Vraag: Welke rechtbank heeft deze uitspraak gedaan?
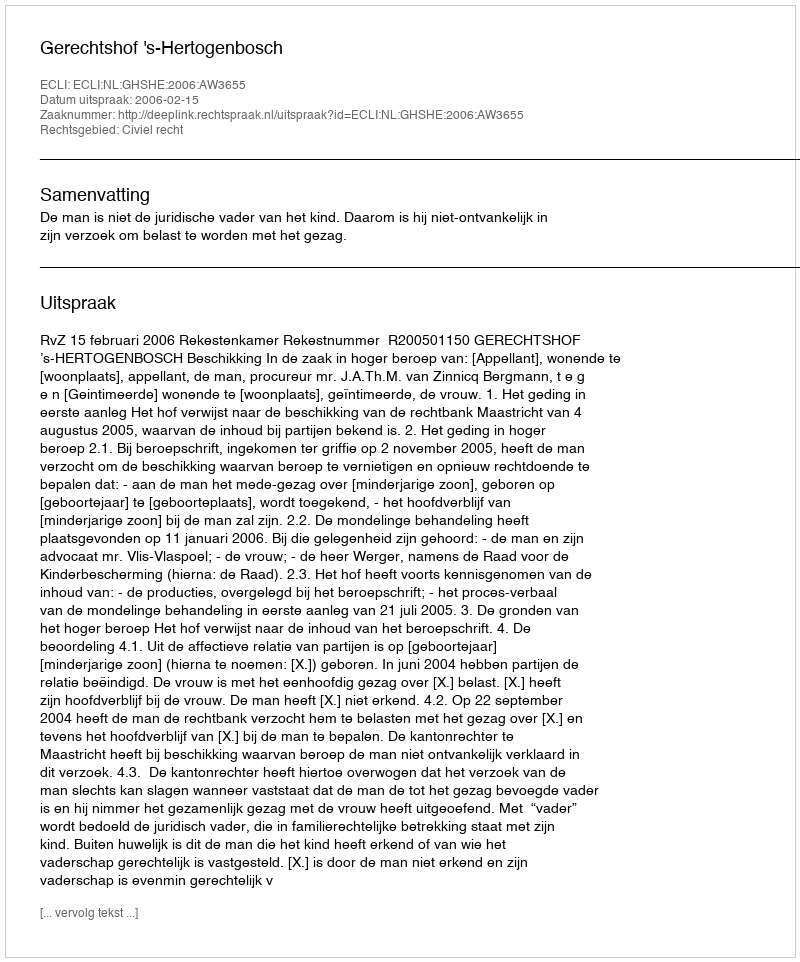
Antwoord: Gerechtshof 's-Hertogenbosch